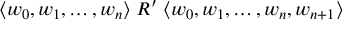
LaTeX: \langle w _ { 0 } , w _ { 1 } , \dots , w _ { n } \rangle \; R ^ { \prime } \; \langle w _ { 0 } , w _ { 1 } , \dots , w _ { n } , w _ { n + 1 } \rangle